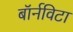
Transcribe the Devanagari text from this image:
बॉर्नविटा